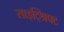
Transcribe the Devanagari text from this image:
साइट्श्रिफ्ट